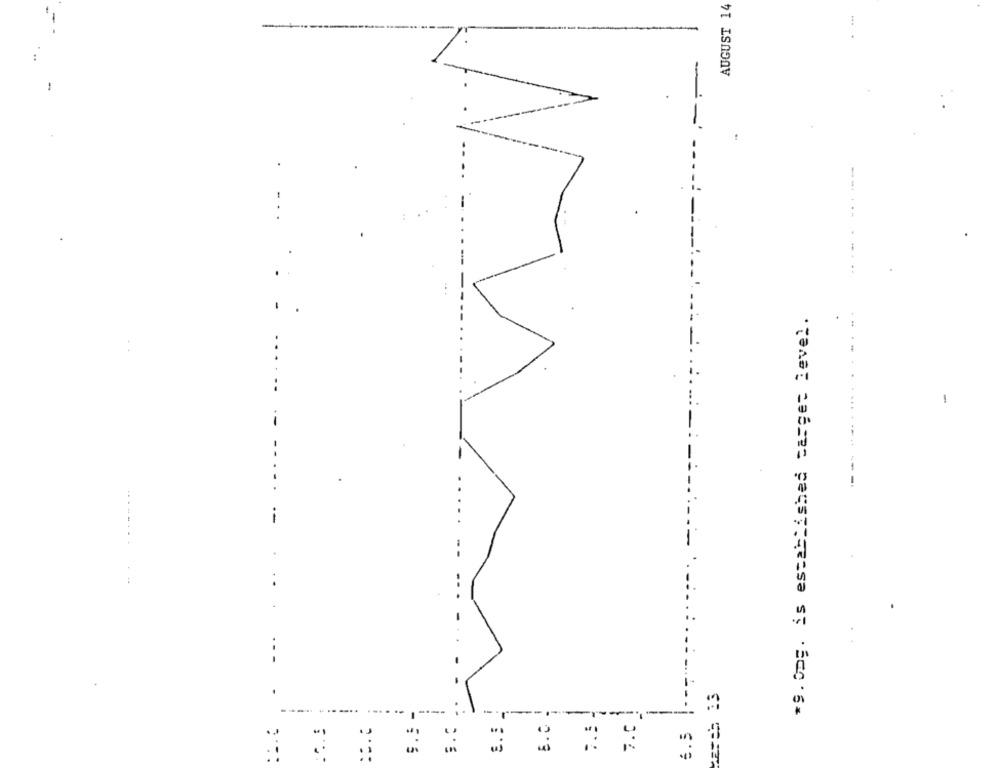
AUGUST 14
.
...
.....
*9. Omg. is established target level.
-
--
----
. .
--
..
--.
6.5
E . :
E.
:
::